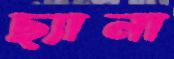
ছ্যানা